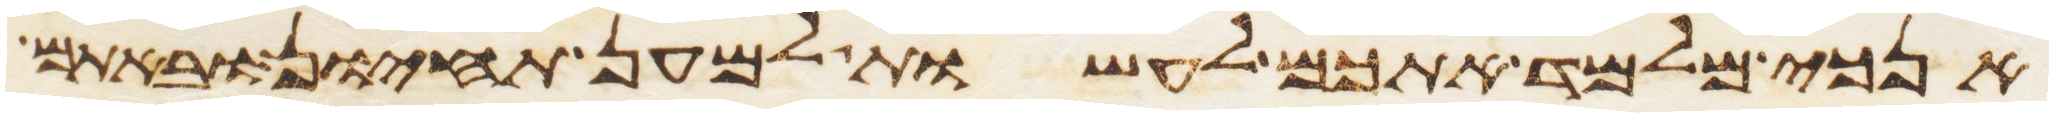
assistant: אנכי מלמד אתכם לעשות למען תחיון ובאתם